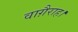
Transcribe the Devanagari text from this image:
वाग़ैराह।